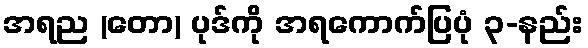
အရည (တော) ပုဒ်ကို အရကောက်ပြပုံ ၃-နည်း